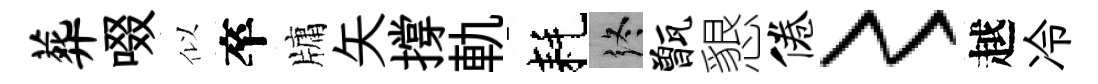
葬啜似卒牗矢撐軌耗终甑懇倦〻越冷